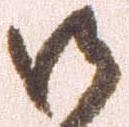
御